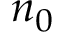
n _ { 0 }